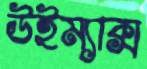
উইম্যাক্স